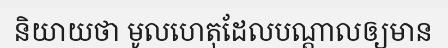
និយាយថា មូលហេតុដែលបណ្តាលឲ្យមាន